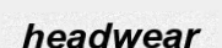
headwear